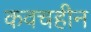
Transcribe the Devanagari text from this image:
कवचहीन